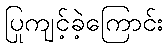
ပြုကျင့်ခဲ့ကြောင်း